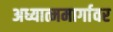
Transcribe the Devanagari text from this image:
अध्यात्ममार्गावर